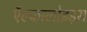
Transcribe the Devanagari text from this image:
ऍल्कालोइड़स